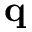
{ \bf q }